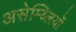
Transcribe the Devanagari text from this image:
असेम्ब्लियों